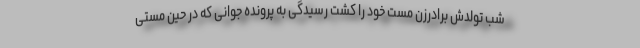
شب تولدش برادرزن مست خود را کشت رسیدگی به پرونده جوانی که در حین مستی